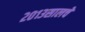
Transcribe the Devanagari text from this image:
२०१३सालचेे